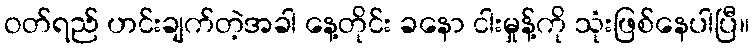
ဝတ်ရည် ဟင်းချက်တဲ့အခါ နေ့တိုင်း ခနော ငါးမှုန့်ကို သုံးဖြစ်နေပါပြီ။